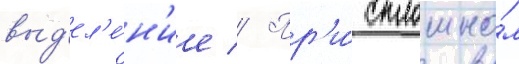
выд'ел'е́н'ие // Пр'и́ сплошно́м